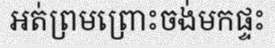
អត់ព្រមព្រោះចង់មកផ្ទះ